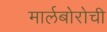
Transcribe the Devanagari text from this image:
मार्लबोरोची